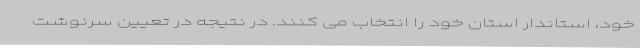
خود، استاندار استان خود را انتخاب می کنند. در نتیجه در تعیین سرنوشت